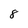
Character: 8